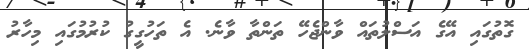
ގޮތުގައި އޭގެ އަސްލުތައް ވާންޖެހޭ ތަންތާ ވާނެ. އެ ތަހުގީގު ކުުރުމުގައި މިހާރު